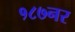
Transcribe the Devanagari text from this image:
१८७नर